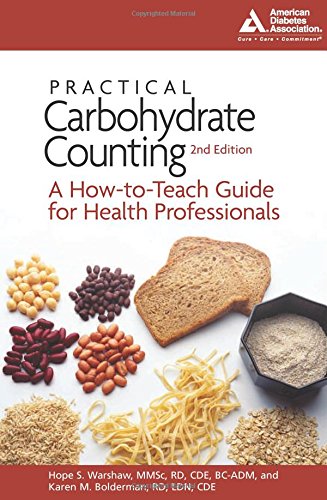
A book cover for Practical Carbohydrate Counting: A How-to-Teach Guide for Health Professionals; Hope S. Warshaw R.D.; Health, Fitness & Dieting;